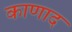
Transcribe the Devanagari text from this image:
काणाद